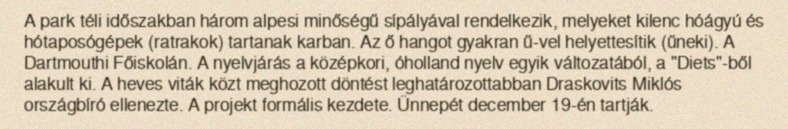
A park téli időszakban három alpesi minőségű sípályával rendelkezik, melyeket kilenc hóágyú és hótaposógépek (ratrakok) tartanak karban. Az ő hangot gyakran ű-vel helyettesítik (űneki). A Dartmouthi Főiskolán. A nyelvjárás a középkori, óholland nyelv egyik változatából, a "Diets"-ből alakult ki. A heves viták közt meghozott döntést leghatározottabban Draskovits Miklós országbíró ellenezte. A projekt formális kezdete. Ünnepét december 19-én tartják.